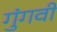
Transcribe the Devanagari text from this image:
गुंगवी